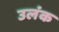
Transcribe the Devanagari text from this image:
उलंक